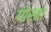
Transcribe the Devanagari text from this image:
पोसत